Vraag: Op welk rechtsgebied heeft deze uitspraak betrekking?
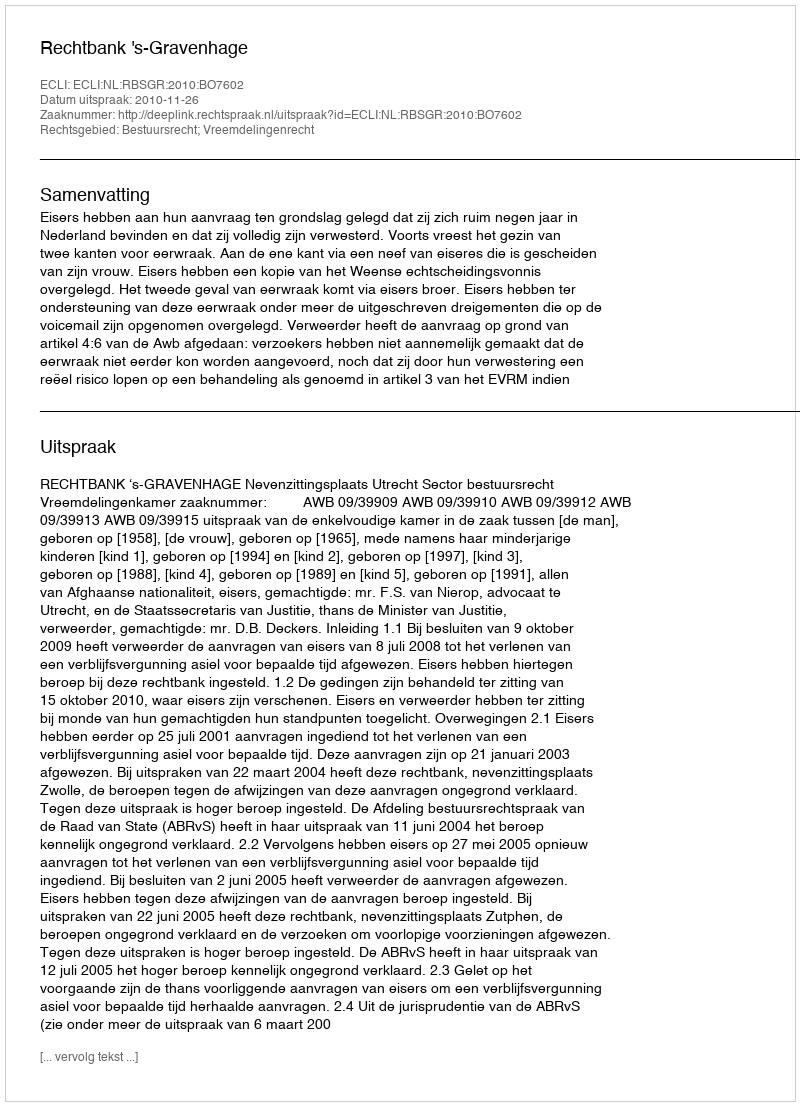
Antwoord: Bestuursrecht; Vreemdelingenrecht